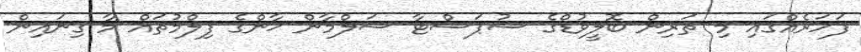
ފަހަރެއްގައި މި ތަރިން ބޮލީވުޑްގެ ސުޕަސްޓާ ސަލްމާން ޚާންގެ ފިލްމުތައް މާ ގިނައިން